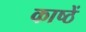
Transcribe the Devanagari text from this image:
काष्ठें